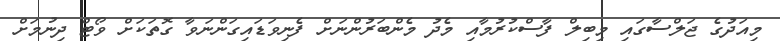
މިއަދުގެ ޖަލްސާގައި މިބިލް ފާސްކުރުމާއި މެދު މެންބަރުންނަށް ފެނިވަޑައިގަންނަވާ ގޮތަކަށް ވޯޓް ދިނުމަށް